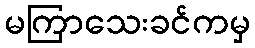
မကြာသေးခင်ကမှ